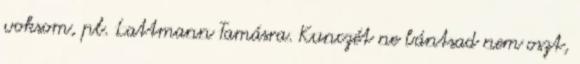
voksom, pl. Lattmann Tamásra. Kunczét ne bántsad nem oszt,